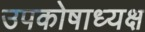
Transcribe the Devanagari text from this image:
उपकोषाध्यक्ष